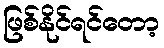
ဖြစ်နိုင်ရင်တော့